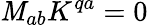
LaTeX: \mathit{M}_{ab}K^{qa}=0